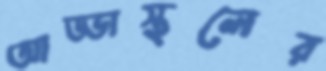
আড্ডাস্থলের